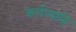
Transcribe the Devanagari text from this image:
कर्त्तव्यादि